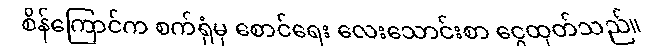
စိန်ကြောင်က စက်ရုံမှ စောင်ရေး လေးသောင်းစာ ငွေထုတ်သည်။